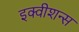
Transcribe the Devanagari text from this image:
इक्‍वीशन्‍स